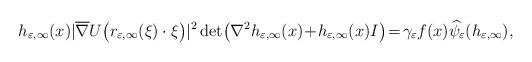
LaTeX: \begin{align*} {h_{\varepsilon,\infty}}(x) |\overline{\nabla}U\big(r_{\varepsilon,\infty}(\xi)\cdot\xi\big)|^2 \det\!\big(\nabla^2h_{\varepsilon,\infty}(x)\!+\! h_{\varepsilon,\infty}(x)I\big)\!=\!\gamma_{\varepsilon}f(x)\widehat{\psi}_\varepsilon(h_{\varepsilon,\infty}), \end{align*}